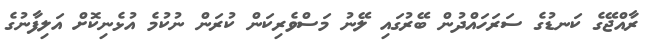
ރާއްޖޭގެ ކަނޑުގެ ސަރަހައްދުން ބޭރުގައި ލޭނު މަސްވެރިކަން ކުރަން ނުކުމެ އުޅެނިކޮށް އަލިފާނުގެ